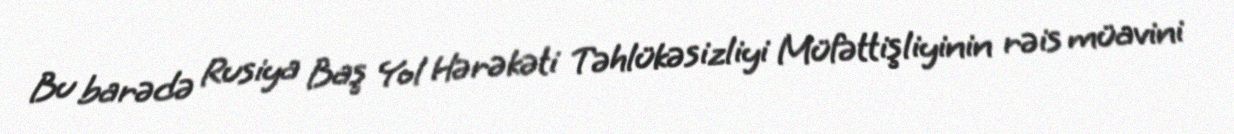
Bu barədə Rusiya Baş Yol Hərəkəti Təhlükəsizliyi Müfəttişliyinin rəis müavini